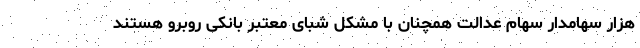
هزار سهامدار سهام عدالت همچنان با مشکل شبای معتبر بانکی روبرو هستند